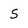
Character: S